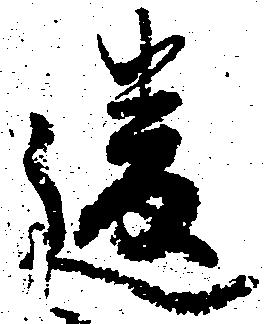
違